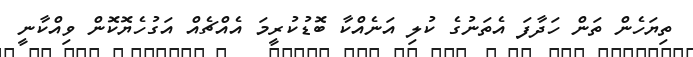
ތިޔަހެން ތަން ހަދާފަ އެތަނުގެ ކުލި އަނެއްކާ ބޮޑުކުރީމަ އެއްޗެއް އަގުހެޔޮކޮން ވިއްކާނީ